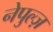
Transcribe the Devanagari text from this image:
नेपुल्ज़